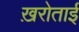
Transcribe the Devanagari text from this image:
ख़रोताई